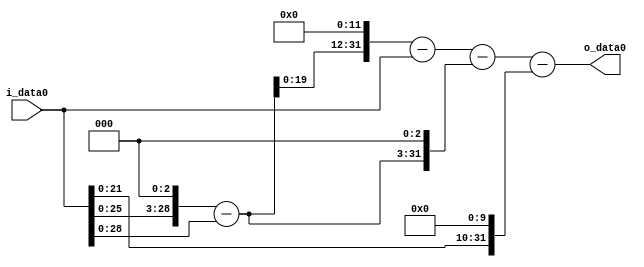
module multiplier_block (
    i_data0,
    o_data0
);

  // Port mode declarations:
  input   [31:0] i_data0;
  output  [31:0]
    o_data0;

  //Multipliers:

  wire [31:0]
    w1,
    w8,
    w7,
    w28672,
    w28671,
    w56,
    w28615,
    w1024,
    w27591;

  assign w1 = i_data0;
  assign w1024 = w1 << 10;
  assign w27591 = w28615 - w1024;
  assign w28615 = w28671 - w56;
  assign w28671 = w28672 - w1;
  assign w28672 = w7 << 12;
  assign w56 = w7 << 3;
  assign w7 = w8 - w1;
  assign w8 = w1 << 3;

  assign o_data0 = w27591;

  //multiplier_block area estimate = 6572.96623127647;
endmodule